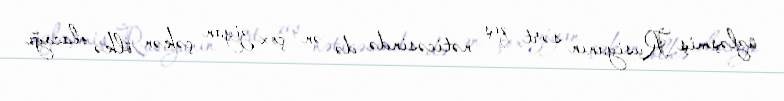
üzləşmiş Rusiyanın sərt qış nəticəsində də ən çox ziyan çəkən ölkə olacağı